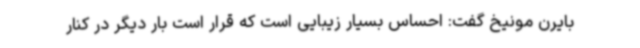
بایرن مونیخ گفت: احساس بسیار زیبایی است که قرار است بار دیگر در کنار